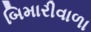
બિમારીવાળા